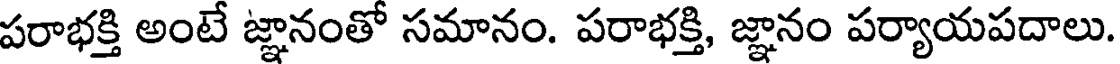
పరాభక్తి అంటే జ్ఞానంతో సమానం. పరాభక్తి, జ్ఞానం పర్యాయపదాలు.